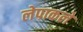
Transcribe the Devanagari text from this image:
लेपाकले